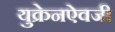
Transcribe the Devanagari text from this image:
युक्रेनऐवजी